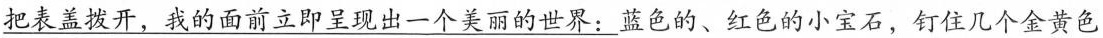
\underline{把表盖拨开，我的面前立即呈现出一个美丽的世界：}蓝色的、红色的小宝石，钉住几个金黄色